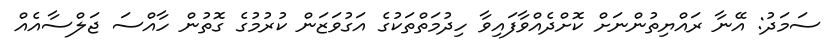
ސަމަދު: އޭނާ ރައްޔިތުންނަށް ކޮށްދެއްވާފައިވާ ހިދުމަތްތަކުގެ އަގުވަޒަން ކުރުމުގެ ގޮތުން ހާއްސަ ޖަލްސާއެއް